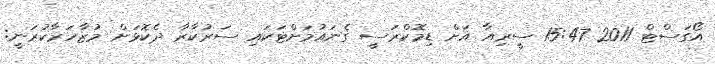
އޯގަސްޓް 2011 15:47 ސީރިއާ އަށް ޑިމޮކްރަސީ ގެނައުމަށްޓަކައި ސަރުކާރާ ދެކޮޅަށް މުޒާހަރާކުރަނީ: